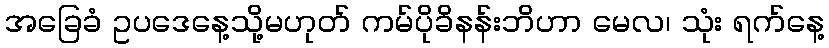
အခြေခံ ဥပဒေနေ့သို့မဟုတ် ကမ်ပိုခိနန်းဘိဟာ မေလ၊ သုံး ရက်နေ့